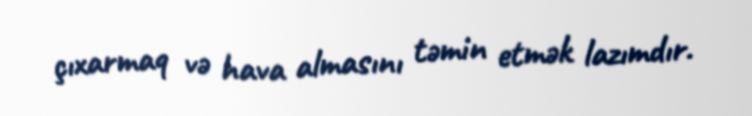
çıxarmaq və hava almasını təmin etmək lazımdır.